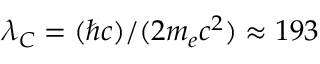
\lambda _ { C } = ( \hbar c ) / ( 2 m _ { e } c ^ { 2 } ) \approx 1 9 3